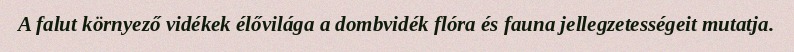
A falut környező vidékek élővilága a dombvidék flóra és fauna jellegzetességeit mutatja.